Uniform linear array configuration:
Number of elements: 12
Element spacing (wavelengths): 0.25
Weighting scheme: exponential
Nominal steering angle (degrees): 45
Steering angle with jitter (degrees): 45.205
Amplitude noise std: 0.05
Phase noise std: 0.05

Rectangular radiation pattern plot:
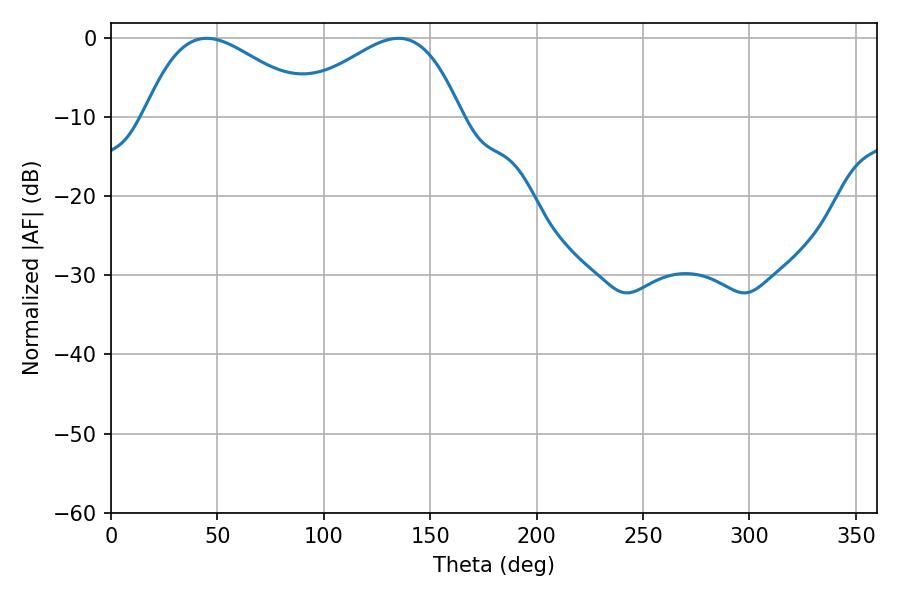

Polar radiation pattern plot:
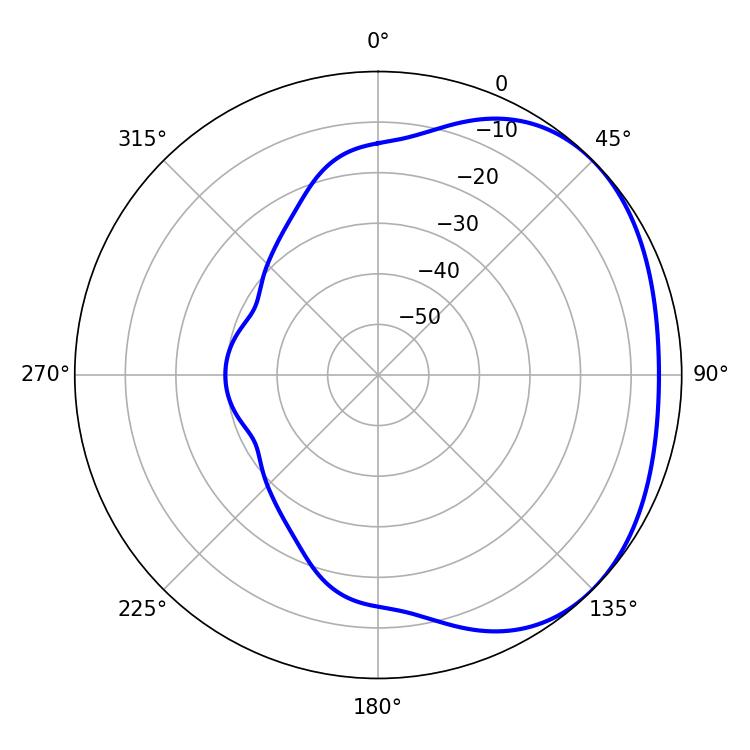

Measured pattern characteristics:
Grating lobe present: FALSE
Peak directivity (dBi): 2.254
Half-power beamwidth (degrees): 43.2
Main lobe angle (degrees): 45